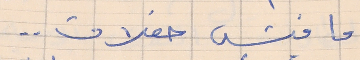
ما فش حفلات  . .